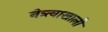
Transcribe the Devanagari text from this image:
नेत्र्त्वाखाली